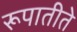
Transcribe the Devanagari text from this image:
रूपातीते